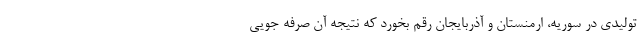
توليدي در سوریه، ارمنستان و آذربایجان رقم بخورد که نتیجه آن صرفه جویی